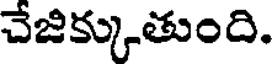
చేజిక్కుతుంది.